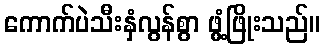
ကောက်ပဲသီးနှံလွန်စွာ ဖွံ့ဖြိုးသည်။